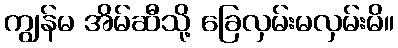
ကျွန်မ အိမ်ဆီသို့ ခြေလှမ်းမလှမ်းမိ။